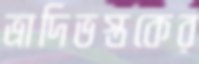
ভ্রাদিভস্তকের